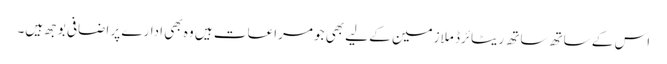
اس کے ساتھ ساتھ ریٹائرڈ ملازمین کے لیے بھی جو مراعات ہیں وہ بھی ادارے پر اضافی بوجھ ہیں۔